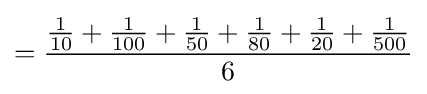
={{\begin{matrix}{\frac {1}{10}}\end{matrix}}+{\begin{matrix}{\frac {1}{100}}\end{matrix}}+{\begin{matrix}{\frac {1}{50}}\end{matrix}}+{\begin{matrix}{\frac {1}{80}}\end{matrix}}+{\begin{matrix}{\frac {1}{20}}\end{matrix}}+{\begin{matrix}{\frac {1}{500}}\end{matrix}} \over 6}